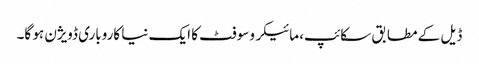
ڈیل کے مطابق سکائپ، مائیکروسوفٹ کا ایک نیا کاروباری ڈویژن ہو گا۔